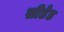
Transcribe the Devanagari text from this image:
सीडेड